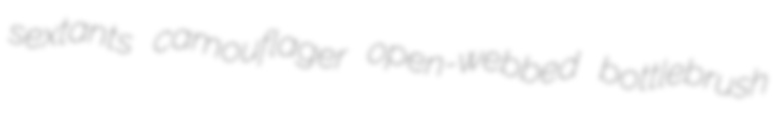
sextants camouflager open-webbed bottlebrush